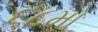
૬૮મો